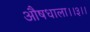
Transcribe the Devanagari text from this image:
औषधाला।।३।।